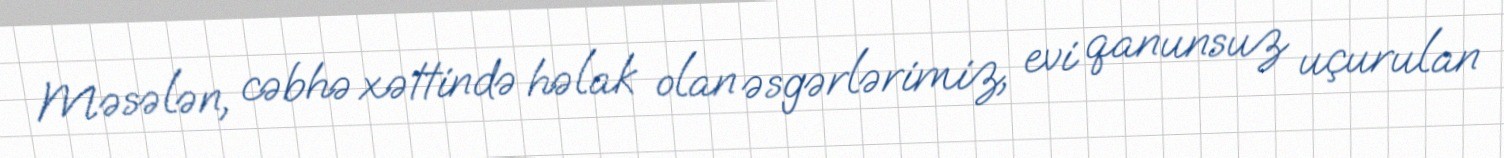
Məsələn, cəbhə xəttində həlak olan əsgərlərimiz, evi qanunsuz uçurulan